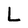
Character: L